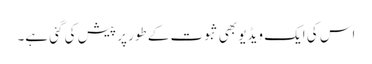
اس کی ایک ویڈیو بھی ثبوت کے طور پر پیش کی گئی ہے۔